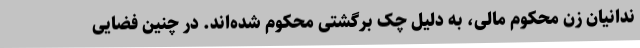
ندانیان زن محکوم مالی، به دلیل چک برگشتی محکوم شده‌اند. در چنین فضایی